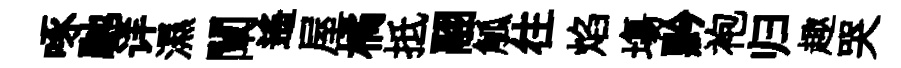
啄馳详濕闡遥屋橘抵翮觚往焰塲黔袍归趣哭